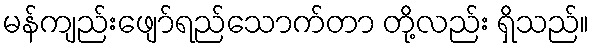
မန်ကျည်းဖျော်ရည်သောက်တာ တို့လည်း ရှိသည်။